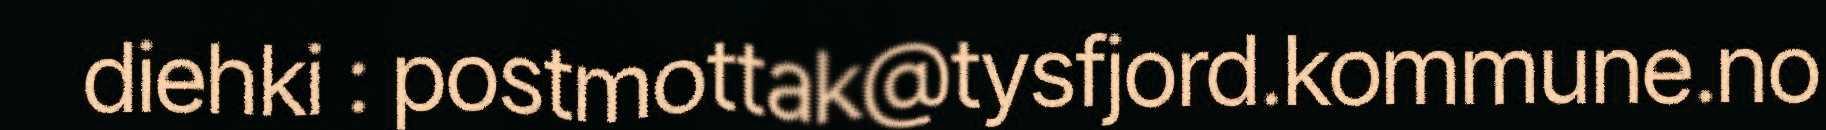
diehki : postmottak@tysfjord.kommune.no